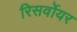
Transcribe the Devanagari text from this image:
रिसर्वोयर